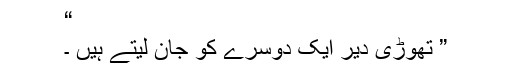
“
” تھوڑی دیر ایک دوسرے کو جان لیتے ہیں ۔